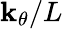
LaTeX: \mathbf{k}_{\theta}/L